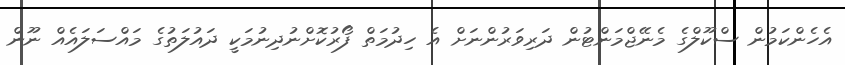
އެހެންކަމުން ސްކޫލްގެ މެނޭޖްމަންޓުން ދަރިވަރުންނަށް އެ ހިދުމަތް ފޯރުކޮށްނުދިނުމަކީ ދައުލަތުގެ މައްސަލައެއް ނޫން